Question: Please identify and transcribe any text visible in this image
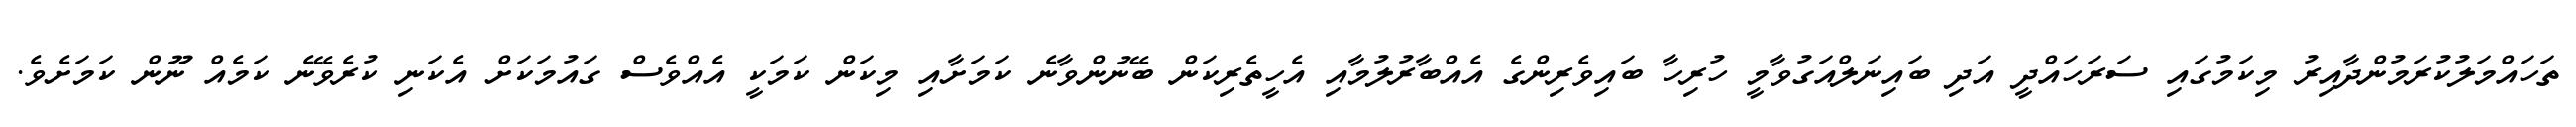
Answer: ތަހައްމަލުކުރަމުންދާއިރު މިކަމުގައި ސަރަހައްދީ އަދި ބައިނަލްއަގުވާމީ ހުރިހާ ބައިވެރިންގެ އެއްބާރުލުމާއި އެހީތެރިކަން ބޭނުންވާނެ ކަމަށާއި މިކަން ކަމަކީ އެއްވެސް ގައުމަކަށް އެކަނި ކުރެވޭނެ ކަމެއް ނޫން ކަމަށެވެ.